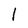
Character: 1